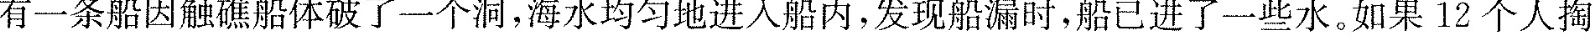
有一条船因触礁船体破了一个洞，海水均匀地进入船内，发现船漏时，船已进了一些水。如果12个人掏